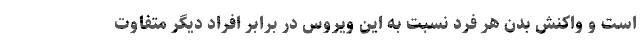
است و واکنش بدن هر فرد نسبت به این ویروس در برابر افراد دیگر متفاوت